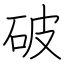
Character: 破